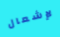
لإشعال